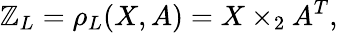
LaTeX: \mathbb{Z}_{L}=\rho_{L}(X,A)=X\times_{2}A^{T},